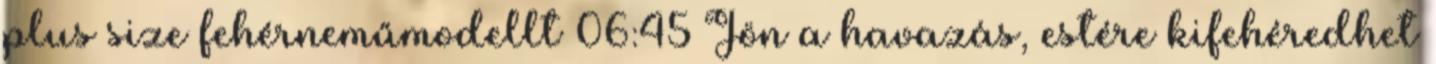
plus size fehérneműmodellt 06:45 Jön a havazás, estére kifehéredhet